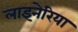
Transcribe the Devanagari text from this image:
लाइनेरिया